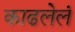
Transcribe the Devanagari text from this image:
काढलेलं